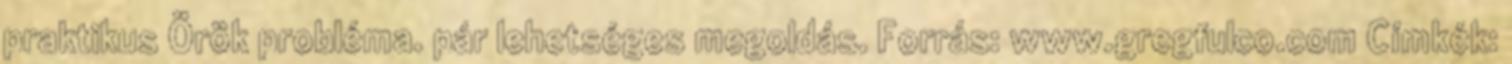
praktikus Örök probléma. pár lehetséges megoldás. Forrás: www.gregfulco.com Címkék: